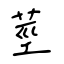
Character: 莖